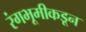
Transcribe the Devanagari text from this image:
रंगभूमीकडून